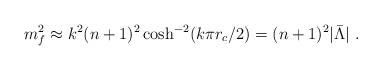
LaTeX: \begin{align*}m^{2}_f \approx k^2 (n+1)^2 \cosh^{-2} (k\pi r_{c}/2)= (n+1)^2 |\bar{\Lambda}|\ .\end{align*}